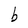
Character: b